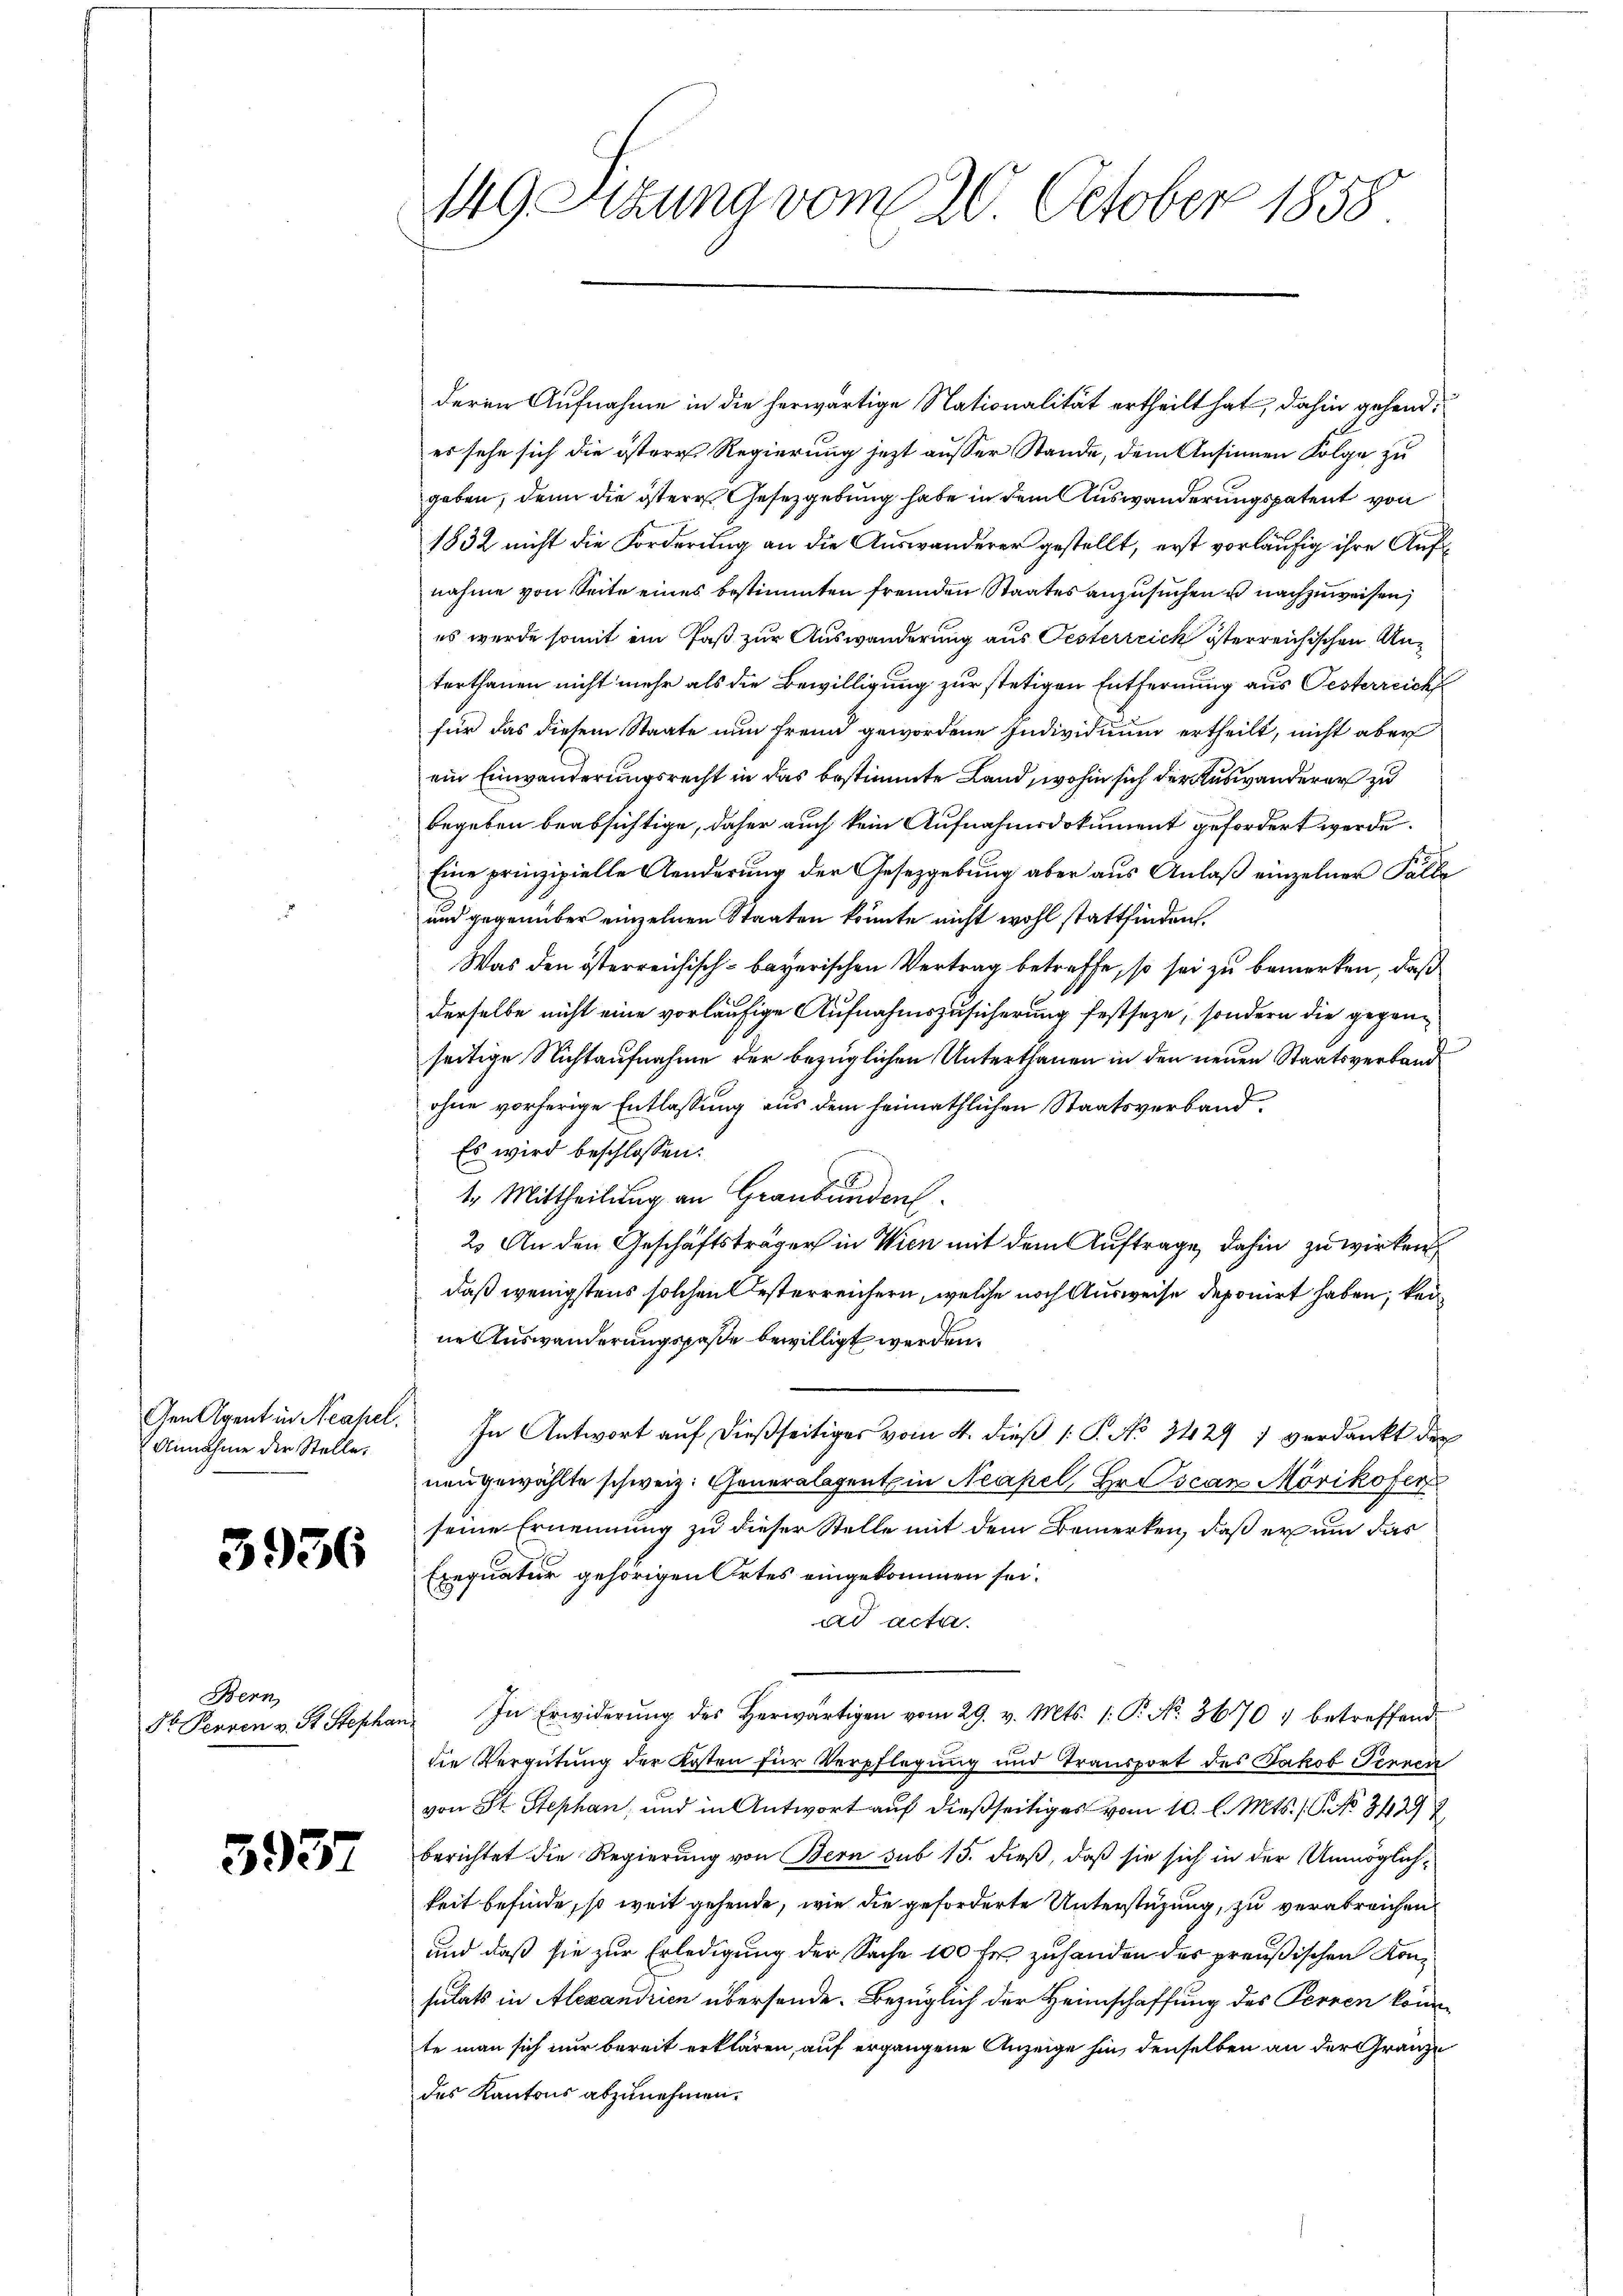
Annahme der Stelle.

3936

Bern
St. Perren v. B. Stepha

3937

149 Sitzung vom 20. October 1858

deren Aufnahme in die herwärtige Nationalität ertheilt hat, dahin gehend,
es sehe sich die östere Regierung jetzt ausser Stande, dem Ansinnen Folge zu
geben, denn die östere Gesetzgebung habe in dem Auswanderungspatent von
1832 nicht die Forderung an die Auswanderer gestellt, erst vorläufig ihre Aufnahme von Seite eines bestimmten fremden Staates anzusuchen u nachzuweisen,
es wurde somit ein Paß zur Auswanderung aus Oesterreich österreichischen Anterthanen nicht mehr als die Bewilligung zur stetigen Entfernung aus Oesterreich
für das diesem Staate nun fremd gewordene Individuum ertheilt, nicht aber
ein Einwanderungsrecht in das bestimmte Land, wohin sich der Auswanderer zu
begeben beabsichtige, daher auch kein Aufnahmsdokument gefordert werde.
Eine prinzipielle Aenderung der Gesetzgebung aber aus Anlaß einzelner Falle
und gegenüber einzelnen Staaten könnte nicht wohl stattfinden.
Was den österreichisch-bayerischen Vertrag betreffe, so sei zu bemerken, daß
derselbe nicht eine vorläufige Aufnahmszusicherung festseze, sondern die gegenseitige Nichtaufnahme der bezüglichen Unterthanen in den neuen Staatsverbande
ohne vorherige Entlassung aus dem heimathlichen Staatsverband¬
Es wird beschlossen:
t. Mittheilung an Graubünden.
2. An den Geschäftsträger in Wien mit dem Auftrage, dahin zu wirken
daß wenigstens solchen Oesterreichern, welche noch Ausweise deponirt haben, kei
ne Auswanderungspaße bewilligt werden.
Gen Agent in Neahel. In Antwort auf dießseitiges vom 4. dieβ (: P. No 3429; verdankt der
neugewählte schweiz. Generalagent in Neapel, Hr. Oscan Mörikofer
seine Ernennung zu dieser Stelle mit dem Bemerken, daß er um das
Exequatur gehörigen Ortes eingekommen sei.
ad acta.
an. In Erwiderŭng des herwärtigen vom 29. v. Mts. 1. P. No. 3670 1 betreffend
die Vergütung der Kosten für Verpflegung und Transport des Jakob Fernen
von St. Stephan, und in Antwort auf dießseitiges vom 10. l. Mts. /: P. No. 3429
berichtet die Regierung von Bern sub 15. dieß, daß sie sich in der Unmöglichkeit befinde, so weit gehende, wie die geforderte Unterstüzung, zu verabreichen
und daß sie zur Erledigung der Sache 100 fr. zuhanden des preußischen Konsulats in Alexandrien übersende. Bezüglich der Heimschaffung des Perren könnte man sich nur bereit erklären, auf ergangene Anzeige hin, denselben an der Gränze
des Kantons abzunehmen.